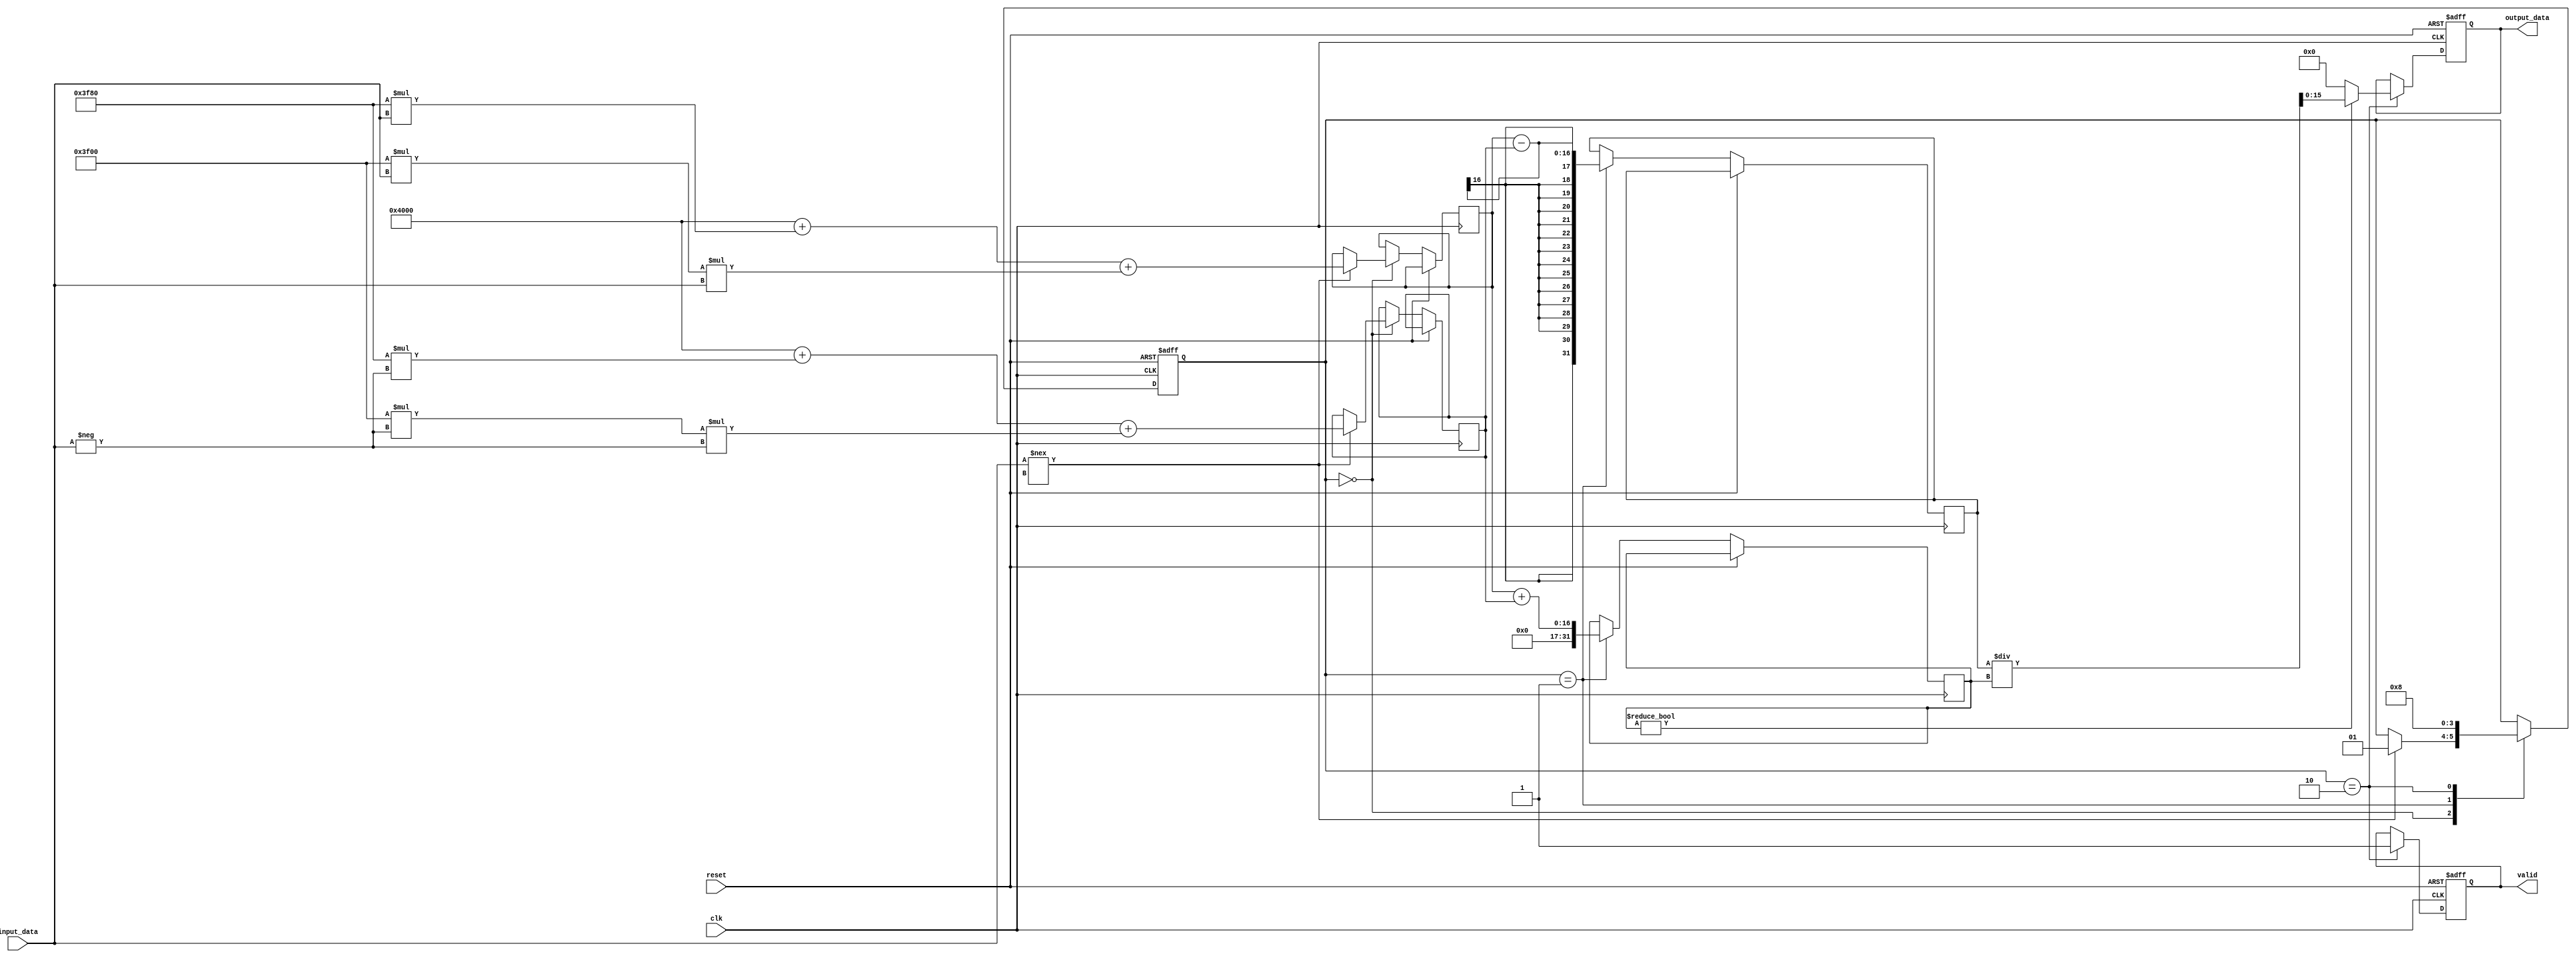
module tanh_block (
    input wire clk,
    input wire reset,
    input wire [15:0] input_data, // 16-bit fixed-point input
    output reg [15:0] output_data, // 16-bit fixed-point output
    output reg valid // Output valid signal
);

    // Internal signals
    reg [15:0] exp_x;
    reg [15:0] exp_neg_x;
    reg [31:0] numerator;
    reg [31:0] denominator;
    reg [1:0] state;
    
    // State encoding
    localparam IDLE = 2'b00;
    localparam CALC = 2'b01;
    localparam OUTPUT = 2'b10;

    // Approximation constants for e^x and e^-x
    // These constants can be adjusted for better accuracy
    parameter A0 = 16'h4000; // 1.0
    parameter A1 = 16'h3F80; // 0.5
    parameter A2 = 16'h3F00; // 0.25

    // Function to compute e^x using a polynomial approximation
    function [15:0] exp_approx;
        input [15:0] x;
        begin
            exp_approx = A0 + (A1 * x) + (A2 * x * x);
        end
    endfunction

    // Main process
    always @(posedge clk or posedge reset) begin
        if (reset) begin
            output_data <= 16'b0;
            valid <= 1'b0;
            state <= IDLE;
        end else begin
            case (state)
                IDLE: begin
                    if (input_data !== 16'bx) begin
                        exp_x <= exp_approx(input_data);
                        exp_neg_x <= exp_approx(-input_data);
                        state <= CALC;
                    end
                end

                CALC: begin
                    numerator <= exp_x - exp_neg_x;
                    denominator <= exp_x + exp_neg_x;
                    state <= OUTPUT;
                end

                OUTPUT: begin
                    if (denominator != 0) begin
                        output_data <= numerator / denominator; // Fixed-point division
                    end else begin
                        output_data <= 16'h0000; // Handle division by zero
                    end
                    valid <= 1'b1;
                    state <= IDLE; // Go back to IDLE
                end
            endcase
        end
    end

endmodule